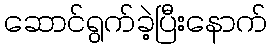
ဆောင်ရွက်ခဲ့ပြီးနောက်